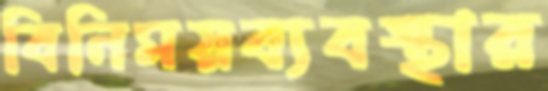
বিনিময়ব্যবস্থার